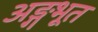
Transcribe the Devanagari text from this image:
अङ्गभूत